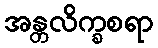
အန္တလိက္ခစရာ